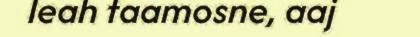
leah faamosne, aaj